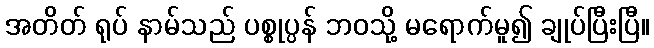
အတိတ် ရုပ် နာမ်သည် ပစ္စုပ္ပန် ဘဝသို့ မရောက်မူ၍ ချုပ်ပြီးပြီ။